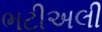
ભટીઅલી